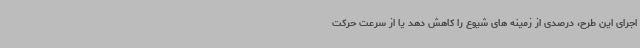
اجرای این طرح، درصدی از زمینه های شیوع را کاهش دهد یا از سرعت حرکت